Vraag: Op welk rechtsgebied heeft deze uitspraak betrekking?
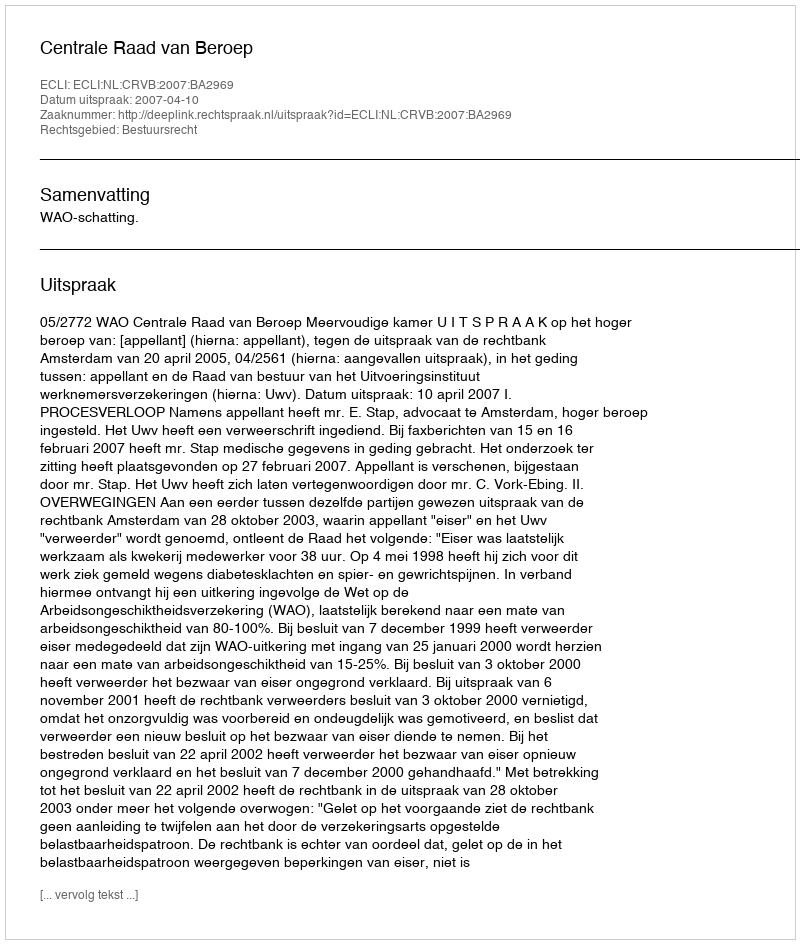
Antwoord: Bestuursrecht